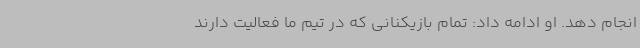
انجام دهد. او ادامه داد: تمام بازیکنانی که در تیم ما فعالیت دارند